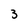
Character: 3